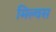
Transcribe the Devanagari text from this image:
मिल्वस